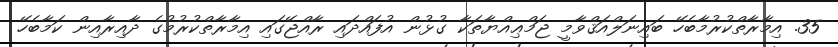
35. އިމާރާތްކުރުމާބެހޭ ބައިނަލްއަޤްވާމީ ޖަމްޢިއްޔާތަކާ ގުޅުން އުފައްދައި ރާއްޖޭގައި އިމާރާތްކުރުމުގެ ދާއިރާއިން ކަމާބެހޭ